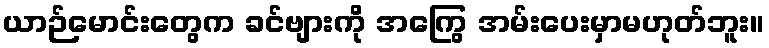
ယာဉ်မောင်းတွေက ခင်ဗျားကို အကြွေ အမ်းပေးမှာမဟုတ်ဘူး။